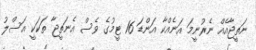
ނަތީޖާއެއް ނެރުނީމަ އަނެއްކާ އަންޑަ 16 ޓީމުގެ ވެސް އެނަތީޖާ ތަކަކީ އަސްލު